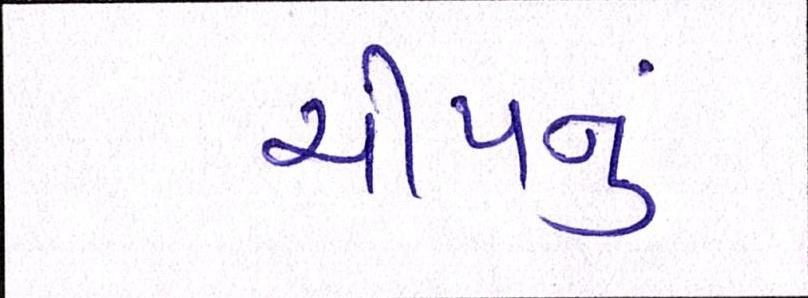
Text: ચીપનું